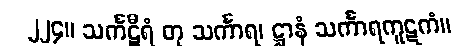
၂၂၄။ သင်္ကဋီရံ တု သင်္ကာရ၊ ဋ္ဌာနံ သင်္ကာရကူဋကံ။